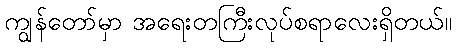
ကျွန်တော်မှာ အရေးတကြီးလုပ်စရာလေးရှိတယ်။